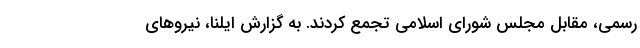
رسمی، مقابل مجلس شورای اسلامی تجمع کردند. به گزارش ایلنا، نیروهای